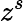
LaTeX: z^{s}